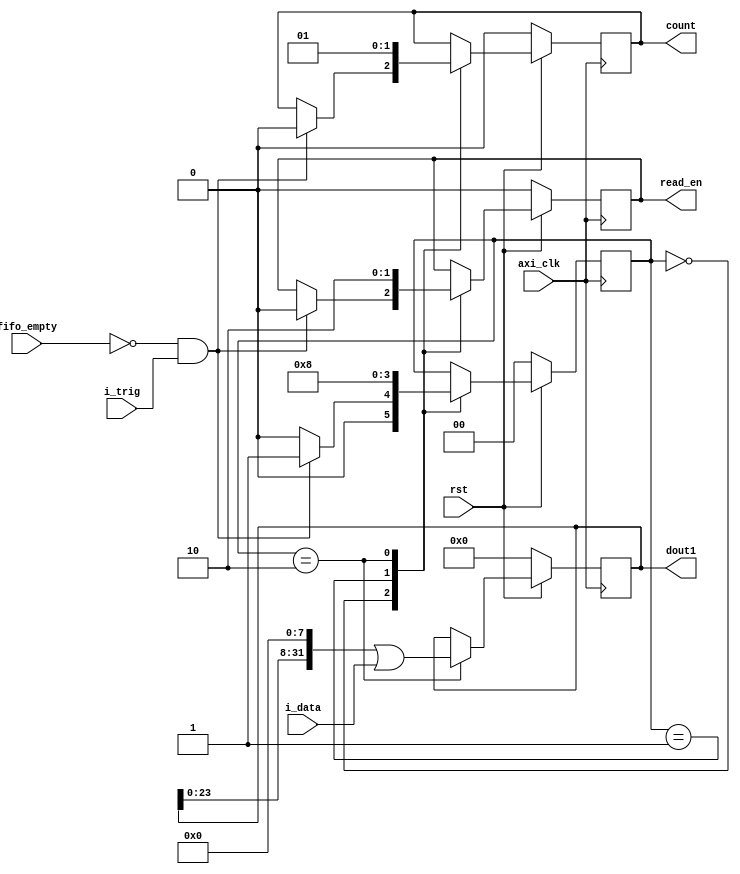
`timescale 1ns / 1ps
//////////////////////////////////////////////////////////////////////////////////
// Company: 
// Engineer: 
// 
// Design Name: 
// Module Name: Wr_FSM
// Project Name: 
// Target Devices: 
// Tool Versions: 
// Description: 
// 
// Dependencies: 
// 
// Revision:
// Revision 0.01 - File Created
// Additional Comments:
// 
//////////////////////////////////////////////////////////////////////////////////

`define WIDTH 32
module Wr_FSM (
input axi_clk,
input rst,
input fifo_empty,
input i_trig,
output read_en,
input [7:0] i_data,
output reg [31:0] dout1 = 0,
output count
);

reg [1:0] state = 0;
reg r_en = 0 ;
reg count_data = 0;

assign count = count_data;
assign read_en = r_en ;

parameter CHECK_FIFO_EMPTY = 2'b00;
parameter CHECK_READ_EN = 2'b01;
parameter SHIFT_DATA = 2'b10 ;

always @(posedge axi_clk)
begin

    if(~rst) begin
        dout1 <= 0;
        r_en <= 0;
        count_data <= 0;
        state <= CHECK_FIFO_EMPTY ;
   end
    
    
    else begin
        case (state) 
            CHECK_FIFO_EMPTY : begin
                if(~fifo_empty && i_trig) begin
                    r_en <= 1'b0;
                    count_data <= 0;
                    state <= CHECK_READ_EN ;

                end
                
                else 
                    state <= CHECK_FIFO_EMPTY ;
   
            end
            
            CHECK_READ_EN : begin
                r_en <= 1'b1 ;
                state <= SHIFT_DATA ;
                count_data <= 0;
             end
            
            SHIFT_DATA : begin   
                r_en <= 1'b0;
                dout1 <= (dout1 << 8) | i_data;
                count_data <= 1'b1;
                state <= CHECK_FIFO_EMPTY ;
            end          
         endcase
    end
end


endmodule